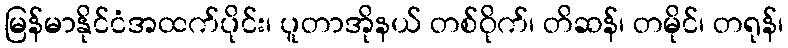
မြန်မာနိုင်ငံအထက်ပိုင်း၊ ပူတာအိုနယ် တစ်ဝိုက်၊ တိဆန်၊ တမိုင်၊ တရုန်၊